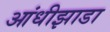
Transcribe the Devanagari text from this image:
आंधीझाडा